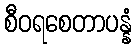
စီဝရစေတာပန္နံ